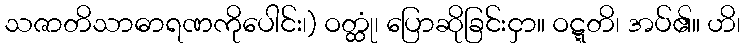
သဇာတိသာဓာရဏကိုပေါင်း၊) ဝတ္ထုံ၊ ပြောဆိုခြင်းငှာ။ ဝဋ္ဋတိ၊ အပ်၏။ ဟိ၊